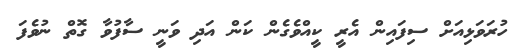
ހުރަވަޅިއަށް ސިފައިން އެރީ ކީއްވެގެން ކަން އަދި ވަނީ ސާފުވާ ގޮތް ނުވެފަ